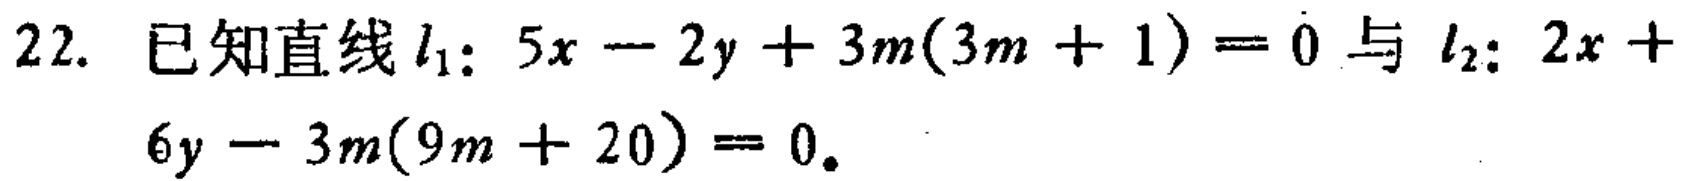
22. 已知直线\(l_{1}:5x - 2y + 3m(3m + 1)=0\)与\(l_{2}:2x + 6y - 3m(9m + 20)=0\)。